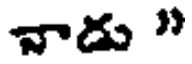
నాడు "